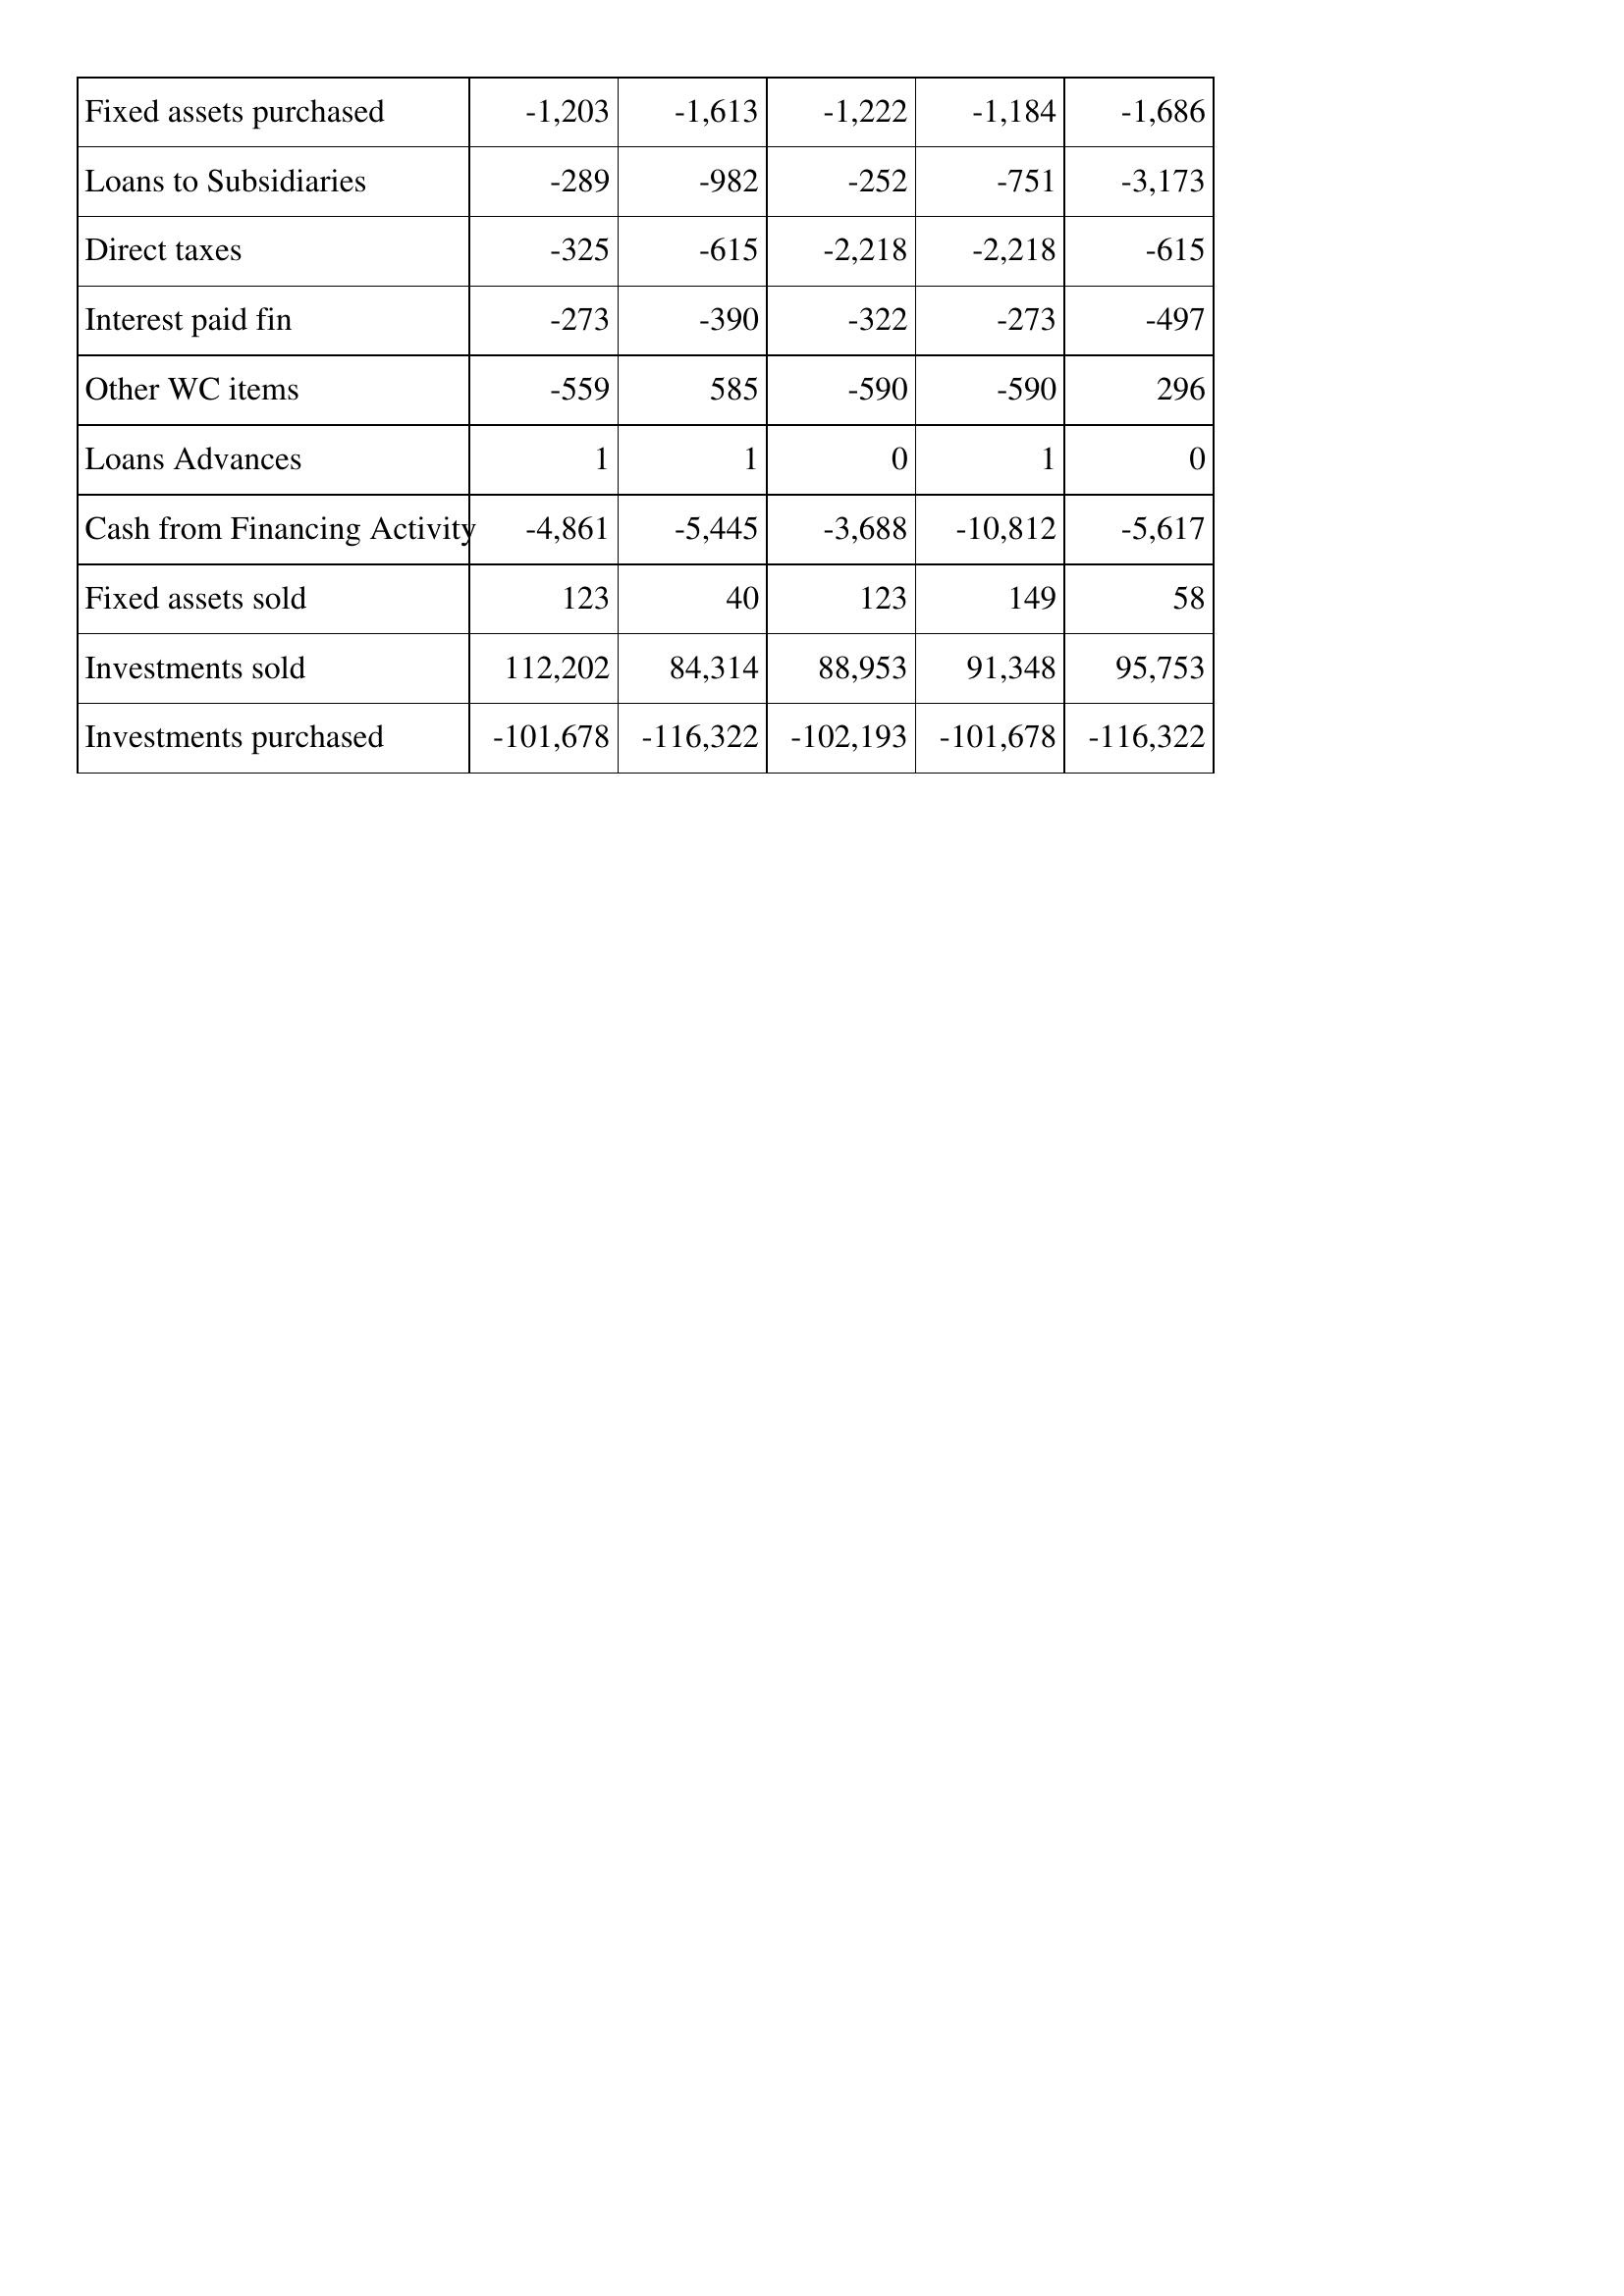
May-18: Cash Flows: Fixed assets purchased: -1,203
Loans to Subsidiaries: -289
Direct taxes: -325
Interest paid fin: -273
Other WC items: -559
Loans Advances: 1
Cash from Financing Activity: -4,861
Fixed assets sold: 123
Investments sold: 112,202
Investments purchased: -101,678
May-17: Cash Flows: Fixed assets purchased: -1,613
Loans to Subsidiaries: -982
Direct taxes: -615
Interest paid fin: -390
Other WC items: 585
Loans Advances: 1
Cash from Financing Activity: -5,445
Fixed assets sold: 40
Investments sold: 84,314
Investments purchased: -116,322
May-16: Cash Flows: Fixed assets purchased: -1,222
Loans to Subsidiaries: -252
Direct taxes: -2,218
Interest paid fin: -322
Other WC items: -590
Loans Advances: 0
Cash from Financing Activity: -3,688
Fixed assets sold: 123
Investments sold: 88,953
Investments purchased: -102,193
May-15: Cash Flows: Fixed assets purchased: -1,184
Loans to Subsidiaries: -751
Direct taxes: -2,218
Interest paid fin: -273
Other WC items: -590
Loans Advances: 1
Cash from Financing Activity: -10,812
Fixed assets sold: 149
Investments sold: 91,348
Investments purchased: -101,678
May-14: Cash Flows: Fixed assets purchased: -1,686
Loans to Subsidiaries: -3,173
Direct taxes: -615
Interest paid fin: -497
Other WC items: 296
Loans Advances: 0
Cash from Financing Activity: -5,617
Fixed assets sold: 58
Investments sold: 95,753
Investments purchased: -116,322